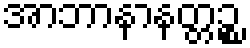
အာဘာနာနတ္တဉ္စ